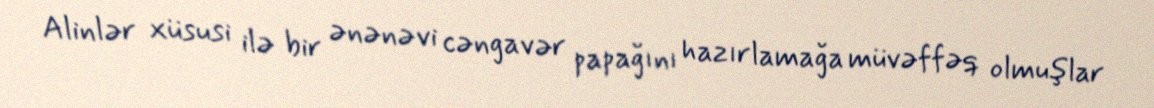
Alinlər xüsusi ilə bir ənənəvi cəngavər papağını hazırlamağa müvəffəq olmuşlar